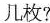
几枚?